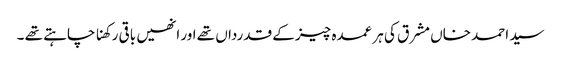
سید احمد خاں مشرق کی ہر عمدہ چیز کے قدرداں تھے اور انھیں باقی رکھنا چاہتے تھے ۔